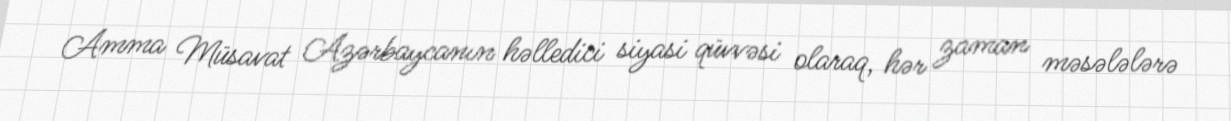
Amma Müsavat Azərbaycanın həlledici siyasi qüvvəsi olaraq, hər zaman məsələlərə